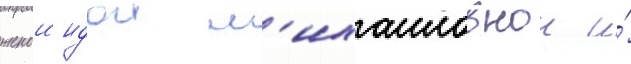
женои идои м'ихаиловнои и́